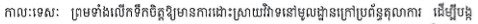
កាលៈទេសៈ ព្រមទាំងលើកទឹកចិត្តឱ្យមានការដោះស្រាយវិវាទនៅមូលដ្ឋានក្រៅប្រព័ន្ធតុលាការ ដើម្បីបង្ក